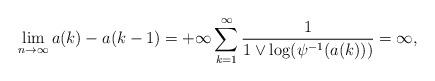
LaTeX: \begin{align*}\lim_{n\rightarrow\infty} a(k)-a(k-1)=+\infty \sum_{k=1}^\infty \frac{1}{1 \vee \log(\psi^{-1}(a(k)))}=\infty,\end{align*}